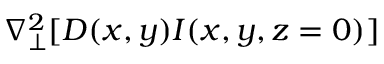
\nabla _ { \perp } ^ { 2 } [ D ( x , y ) I ( x , y , z = 0 ) ]